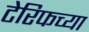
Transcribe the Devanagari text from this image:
टेरिफच्या